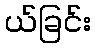
ယ်ခြင်း